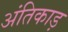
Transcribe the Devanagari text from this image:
अंतिकाड़